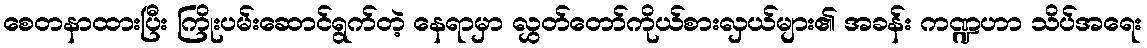
စေတနာထားပြီး ကြိုးပမ်းဆောင်ရွက်တဲ့ နေရာမှာ လွှတ်တော်ကိုယ်စားလှယ်များ၏ အခန်း ကဏ္ဍဟာ သိပ်အရေး